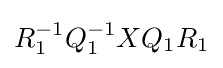
R_{1}^{-1}Q_{1}^{-1}XQ_{1}R_{1}